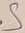
Text: S